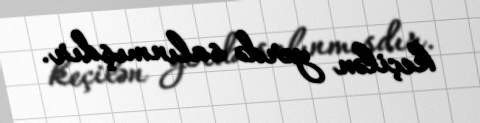
keçilən yerdə salınmışdır.